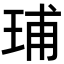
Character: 𬍥